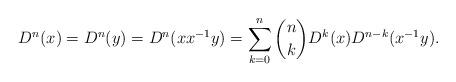
LaTeX: \begin{align*}D^n(x)=D^n(y)=D^n(x x^{-1}y)=\sum_{k=0}^n{n \choose k} D^k(x)D^{n-k}(x^{-1}y).\end{align*}